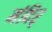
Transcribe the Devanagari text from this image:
मंदिर्